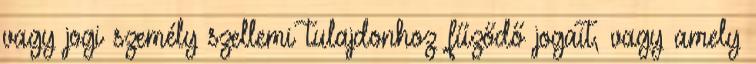
vagy jogi személy szellemi tulajdonhoz fűződő jogait, vagy amely